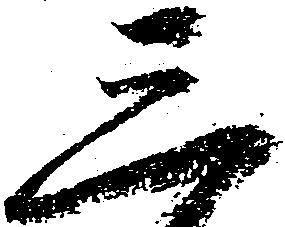
三